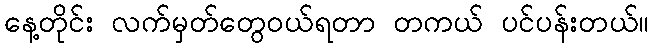
နေ့တိုင်း လက်မှတ်တွေဝယ်ရတာ တကယ် ပင်ပန်းတယ်။